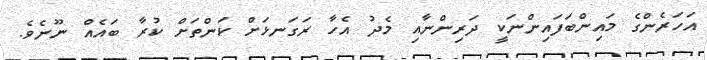
އަހަރެންގެ މައިންބަފައިންނަކީ ދަރިންނާއި މެދު އެހާ ރަގަނޅަށް ކަންތަށް ކުރާ ބައެއް ނޫނެވެ.